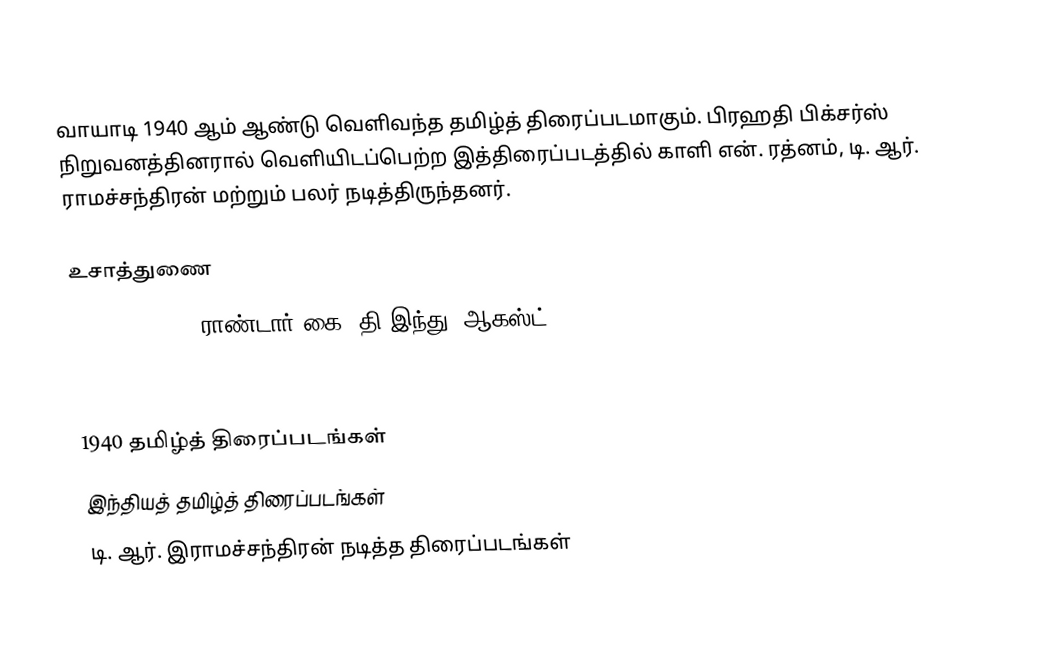
வாயாடி 1940 ஆம் ஆண்டு வெளிவந்த தமிழ்த் திரைப்படமாகும். பிரஹதி பிக்சர்ஸ் நிறுவனத்தினரால் வெளியிடப்பெற்ற இத்திரைப்படத்தில் காளி என். ரத்னம், டி. ஆர். ராமச்சந்திரன் மற்றும் பலர் நடித்திருந்தனர்.

உசாத்துணை
 Vaayaadi 1940, ராண்டார் கை, தி இந்து, ஆகஸ்ட் 22, 2008

 

1940 தமிழ்த் திரைப்படங்கள்
இந்தியத் தமிழ்த் திரைப்படங்கள்
டி. ஆர். இராமச்சந்திரன் நடித்த திரைப்படங்கள்